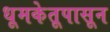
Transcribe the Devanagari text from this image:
धूमकेतूपासून